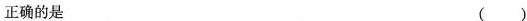
正确的是 ()